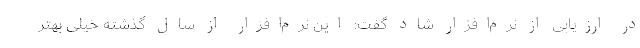
در ارزیابی از نرم‌افزار شاد گفت: این نرم‌افزار از سال گذشته خیلی بهتر